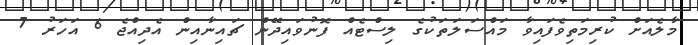
މާލެއަށް ކުރިމަތިވެފައިވާ މައްސަލަތަކުގެ ލިސްޓެއް ފޮނުވައިދޭން ޗައިނާއިން އެދިއްޖެ 6 އަހަރު 7